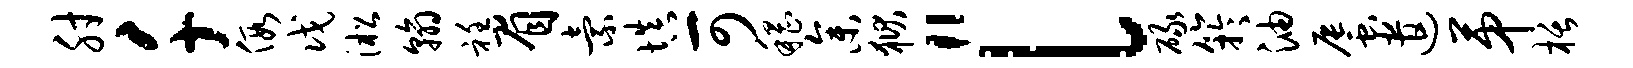
肘千假戊淞翰衽眉索填可稽参狱“l碌竽油蜃遣第栝